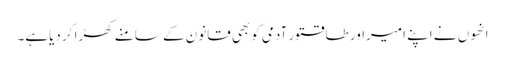
انھوں نے اپنے امیراور طاقتور آدمی کوبھی قانون کے سامنے کھڑا کر دیاہے۔